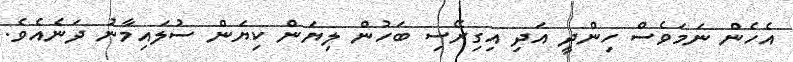
އެހެން ނަމަވެސް ހިންދީ އަދި އިގިރޭސި ބަހުން ލިޔަން ކިޔަން ސުލައިމާނު ދަނެއެވެ.